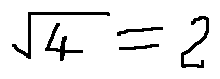
\sqrt { 4 } = 2